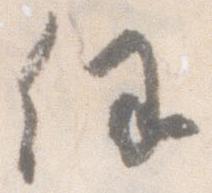
任